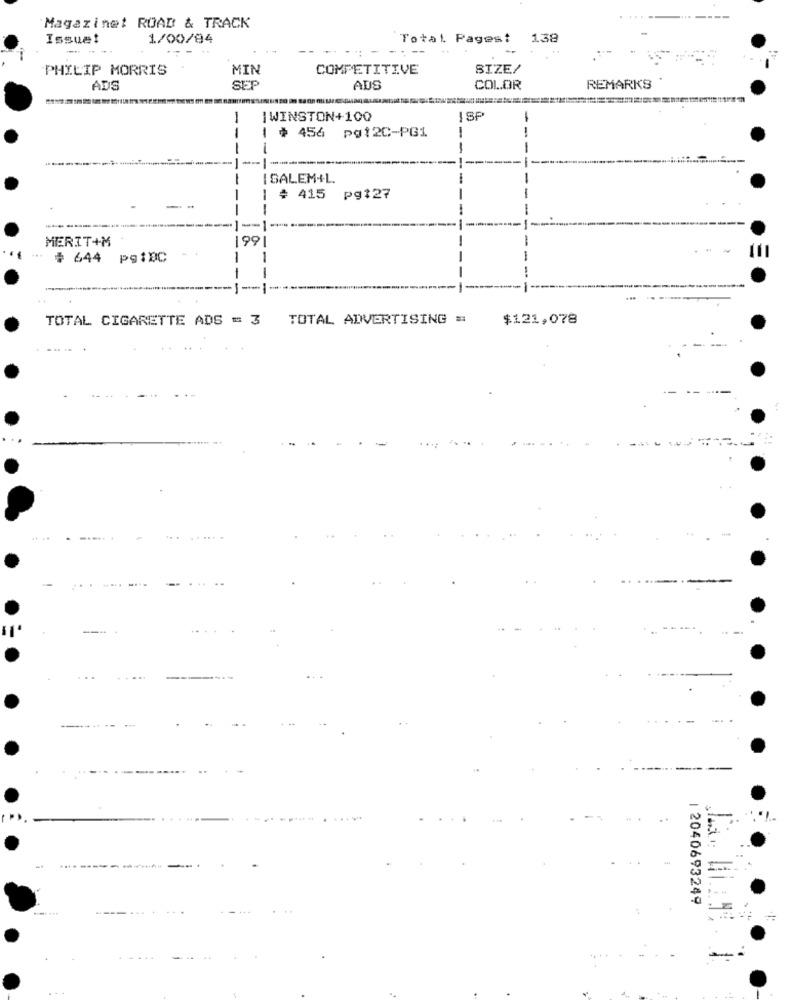
Magazinet ROAD & TRACK
Issue!
1/00/84
'Total Pagest
1.38
--
PHILIP MORRIS
MIN
COMPETITIVE
SIZE/
ADS
SEF
ADS
COLOR
REMARKS
IWINSTON+100
ISP
--
-
# 456 pg12C-PG1
-
--
I SALEM+L.
-
# 415 pg:27
-
MERIT+M
199
# 644 pg1XC
-
-
TOTAL CIGARETTE ADS = 3 TOTAL ADVERTISING =
$121,078
2040693249